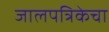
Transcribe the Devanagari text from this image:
जालपत्रिकेचा